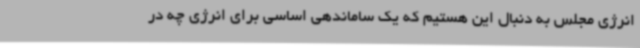
انرژی مجلس به دنبال این هستیم که یک ساماندهی اساسی برای انرژی چه در